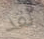
لقد